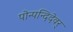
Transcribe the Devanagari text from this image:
पोन्पन्दिदेवर्